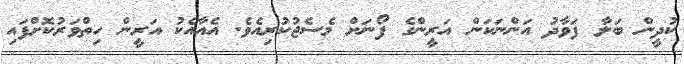
ކުދީން ބަލާ ފަވާދު އަންނަކަން އަރީންގެ ފޯނަށް މެސެޖުކުރިއެވެ. އެއާއެކު އަރީން ހިތްވަރުކޮށްފައި